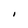
Character: I